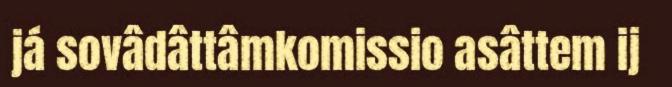
já sovâdâttâmkomissio asâttem ij